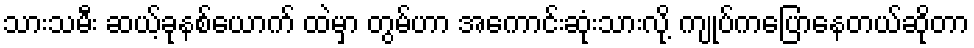
သားသမီး ဆယ့်ခုနစ်ယောက် ထဲမှာ တွမ်ဟာ အကောင်းဆုံးသားလို့ ကျုပ်ကပြောနေတယ်ဆိုတာ